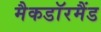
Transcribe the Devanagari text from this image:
मैकडाॅरमैंड